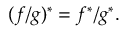
( f / g ) ^ { * } = f ^ { * } / g ^ { * } .